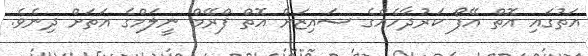
އަތުގައި އޮތް އޭފޯ ކަރުދާހެއްގެ ސައިޒަށް އޮތް ފްރޭމް ނީލަމްގެ އަތަށް ދިނެވެ.